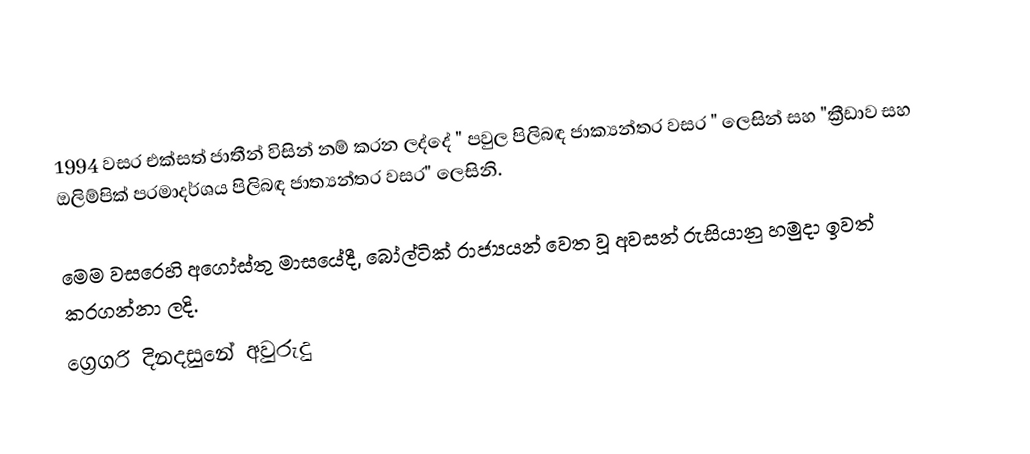

 1994 වසර එක්සත් ජාතීන් විසින් නම් කරන ලද්දේ " පවුල පිලිබඳ ජාක්‍යන්තර වසර " ලෙසින් සහ "ක්‍රීඩාව සහ ඔලිම්පික් පරමාදර්ශය පිලිබඳ ජාත්‍යන්තර වසර" ලෙසිනි.

මෙම වසරෙහි අගෝස්තු මාසයේදී, බෝල්ටික් රාජ්‍යයන් වෙත වූ අවසන් රුසියානු හමුදා ඉවත් කරගන්නා ලදි.
ග්‍රෙගරි දිනදසුනේ අවුරුදු